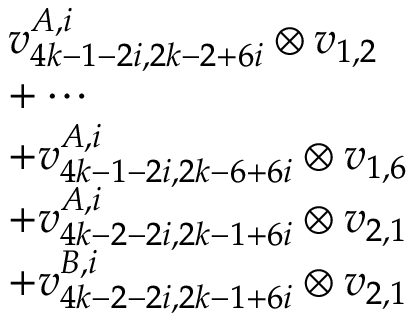
\begin{array} { r l } & { v _ { 4 k - 1 - 2 i , 2 k - 2 + 6 i } ^ { A , i } \otimes v _ { 1 , 2 } } \\ & { + \cdots } \\ & { + v _ { 4 k - 1 - 2 i , 2 k - 6 + 6 i } ^ { A , i } \otimes v _ { 1 , 6 } } \\ & { + v _ { 4 k - 2 - 2 i , 2 k - 1 + 6 i } ^ { A , i } \otimes v _ { 2 , 1 } } \\ & { + v _ { 4 k - 2 - 2 i , 2 k - 1 + 6 i } ^ { B , i } \otimes v _ { 2 , 1 } } \end{array}